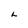
Character: L